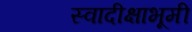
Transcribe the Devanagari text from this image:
स्वादीक्षाभूमी